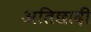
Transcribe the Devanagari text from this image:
अतिछादी